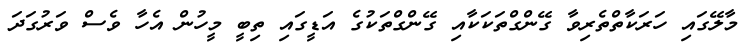
މާލޭގައި ހަރަކާތްތެރިވާ ގޭންގްތަކަކާއި ގޭންގްތަކުގެ އަޑީގައި ތިބީ މީހުން އެހާ ވެސް ވަރުގަދަ